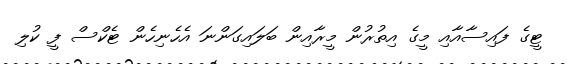
ޓީގެ ފައިސާއާއި މީގެ އިތުރުން މީރާއިން ބަލައިގަންނަ އެހެނިހެން ޓެކްސް ފީ ކުލި